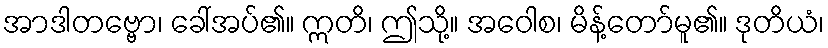
အာဒါတဗ္ဗော၊ ခေါ်အပ်၏။ ဣတိ၊ ဤသို့။ အဝေါစ၊ မိန့်တော်မူ၏။ ဒုတိယံ၊